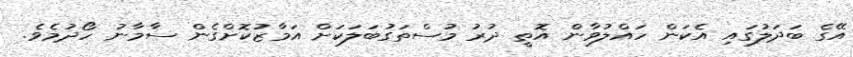
އޭގެ ބަދަލުގައި އެކަން ހައްލުވާން އޮތީ ދުރު މުސްތަގުބަލަކަށް އަމާޒުކޮށްގެން ސާމާނު ހޯދުމެވެ.